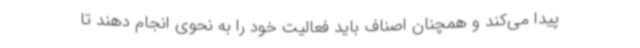
پیدا می‌کند و همچنان اصناف باید فعالیت خود را به نحوی انجام دهند تا